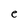
Character: e